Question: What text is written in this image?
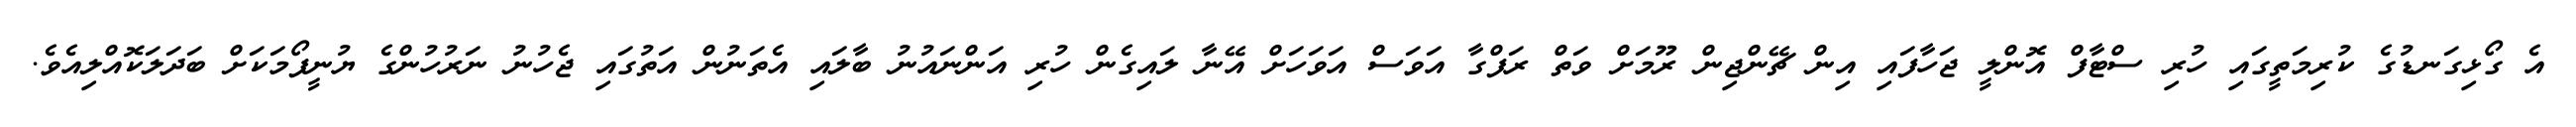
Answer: އެ ގޯޅިގަނޑުގެ ކުރިމަތީގައި ހުރި ސްޓާފް އޮންލީ ޖަހާފައި އިން ޗޭންޖިން ރޫމަށް ވަތް ރަފްގާ އަވަސް އަވަހަށް އޭނާ ލައިގެން ހުރި އަންނައުނު ބާލައި އެތަނުން އަތުގައި ޖެހުނު ނަރުހުންގެ ޔުނީފޯމަކަށް ބަދަލަކޮއްލިއެވެ.